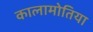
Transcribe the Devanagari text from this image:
कालामोतिया